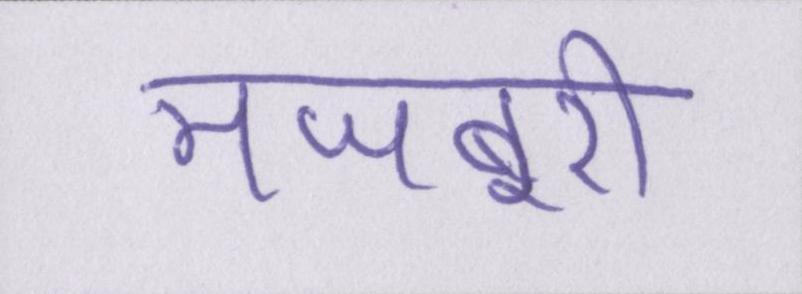
मजबूरी